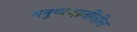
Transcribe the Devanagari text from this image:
मनुष्यजातीतील